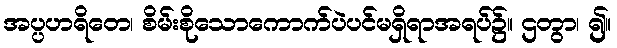
အပ္ပဟရိတေ၊ စိမ်းစိုသောကောက်ပဲပင်မရှိရာအရပ်၌။ ဌတွာ၊ ၍။